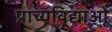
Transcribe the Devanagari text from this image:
प्राच्यविद्याओं